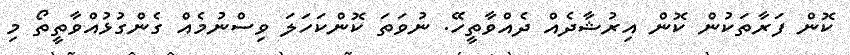
ކޮން ފަރާތަކުން ކޮން އިރުޝާދެއް ދެއްވާތީހޭ. ނުވަތަ ކޮންކަހަލަ ވިސްނުމެއް ގެންގުޅުއްވާތީތޯ މި